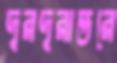
দূরদূরান্তরে